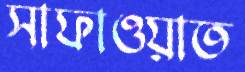
সাফাওয়াত